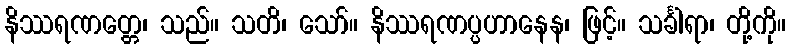
နိဿရဏတ္တေ၊ သည်။ သတိ၊ သော်။ နိဿရဏပ္ပဟာနေန၊ ဖြင့်။ သင်္ခါရာ၊ တို့ကို။